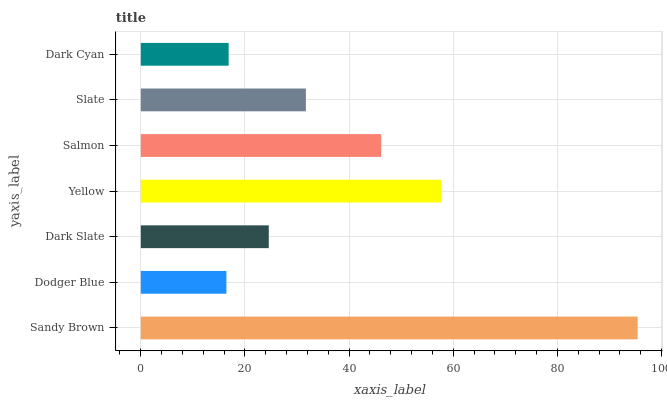
| yaxis_label | bars |
 | --- | --- |
 | Sandy Brown | 95.4 |
 | Dodger Blue | 16.4 |
 | Dark Slate | 24.6 |
 | Yellow | 57.8 |
 | Salmon | 46.2 |
 | Slate | 31.7 |
 | Dark Cyan | 16.9 |